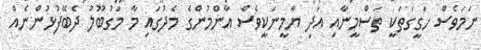
ނަމަވެސް ހަގީގަތަކީ ތަސްމީނާއި އަދި ޔާމީނަކީވެސް އާންމުންގެ މެދުގައި މާ މަގުބޫލު ދެބޭފުޅުންނެއް